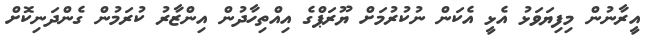
އީރާނުން މިފިޔަވަޅު އެޅީ އެކަން ނުކުރުމަށް ޔޫރަޕްގެ އިއްތިހާދުން އިންޒާރު ކުރަމުން ގެންދަނިކޮށް